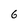
Character: 6